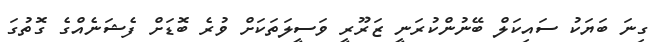
ގިނަ ބަޔަކު ސައިކަލް ބޭނުންކުރަނީ ޒަރޫރީ ވަސީލަތަކަށް ވުރެ ބޮޑަށް ފެޝަނެއްގެ ގޮތުގަ